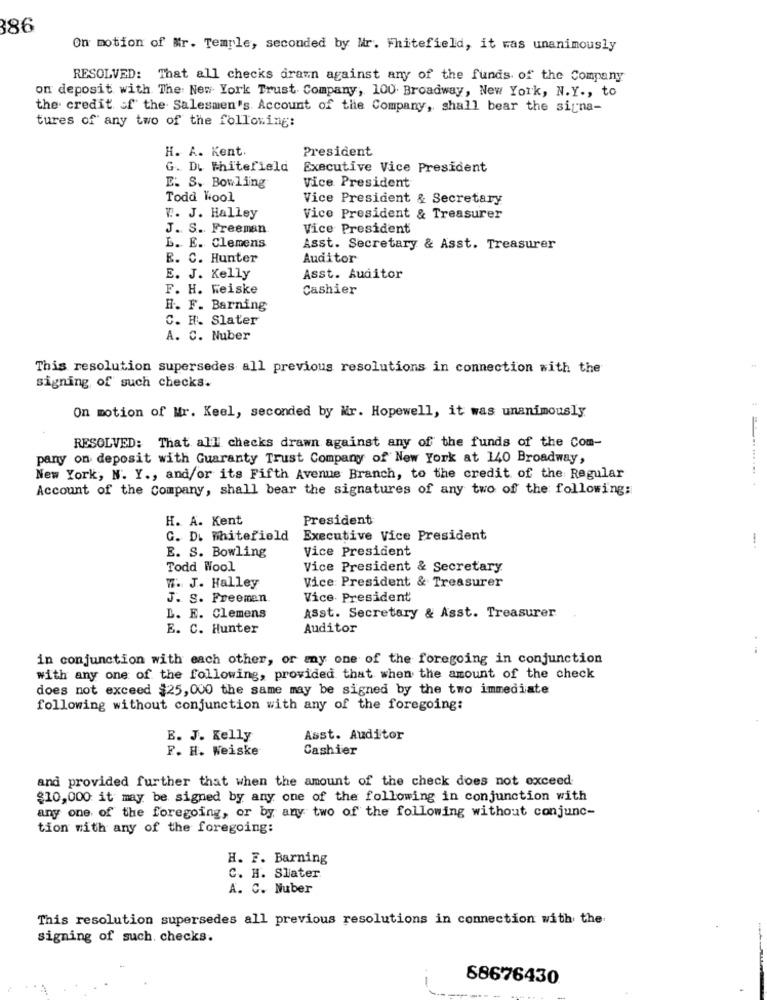
386
On motion of Mr. Temple, seconded by Mr. Fhitefield, it was unanimously
RESOLVED: That all checks drawn against any of the funds of the Company
on deposit with The New York Trust Company, 100 Broadway, New York, N.Y ., to
the credit of the Salesmen's Account of the Company, shall bear the signa-
tures of any two of the following:
H. A. Kent
President
G. D. Whitefield
Executive Vice President
E. S. Bowling
Vice President
Todd Wool
Vice President & Secretary
T. J. Halley
Vice President & Treasurer
J. S. Freeman
Vice President
L. E. Clemens
Asst. Secretary & Asst. Treasurer
E. C. Hunter
Auditor
E. J. Kelly
Asst. Auditor
F. H. Weiske
Cashier
H. F. Barning
C. H. Slater
A. C. Nuber
This resolution supersedes all previous resolutions in connection with the
signing of such checks.
48
On motion of Mr. Keel, seconded by Mr. Hopewell, it was unanimously
RESOLVED: That all checks drawn against any of the funds of the Com-
pany on deposit with Guaranty Trust Company of New York at 140 Broadway,
New York, N. Y ., and/or its Fifth Avenue Branch, to the credit of the Regular
Account of the Company, shall bear the signatures of any two of the following:
H. A. Kent
President
G. D. Whitefield
Executive Vice President
-.
E. S. Bowling
Vice President
Todd Wool
Vice President & Secretary
Vice President & Treasurer
W. J. Halley
J. S. Freemen
Vice President
L. E. Clemens
ASst. Secretary & Asst. Treasurer
E. C. Hunter
Auditor
in conjunction with each other, or any one of the foregoing in conjunction
with any one of the following, provided that when the amount of the check
does not exceed $25,000 the same may be signed by the two immediate
following without conjunction with any of the foregoing:
E. J. Kelly
Asst. Auditor
F. H. Weiske
Cashier
and provided further that when the amount of the check does not exceed
$10,000 it may be signed by any one of the following in conjunction with
any one of the foregoing, or by any two of the following without conjunc-
tion with any of the foregoing:
H. F. Barning
C. H. Slater
A. C. Nuber
This resolution supersedes all previous resolutions in connection with the
signing of such. checks.
-
88676430